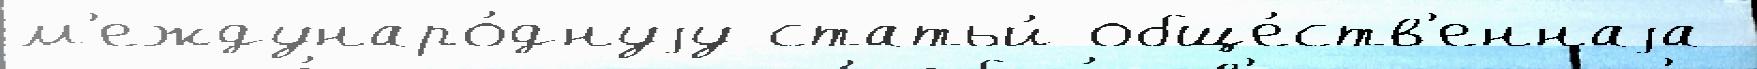
м'еждунаро́днуjу статьи́ обще́ств'еннаjа